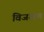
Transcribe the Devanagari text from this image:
विजक्षण